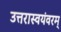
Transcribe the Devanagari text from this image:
उत्तरास्वयंवरम्